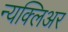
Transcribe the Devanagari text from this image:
न्यक्लिअर